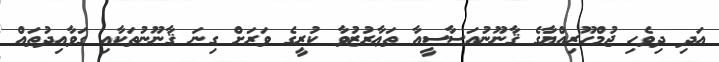
އަދި ދިވެހި ޖުމްހޫރިއްޔާގެ ޤާނޫނުއަސާސީއާ ތަޢާރުޒުވާ ކުރީގެ ވަރަަށް ގިނަ ޤާނޫނުތަކާއި ގަވާއިދުތައް